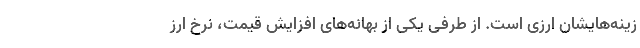
زینه‌هایشان ارزی است. از طرفی یکی از بهانه‌های افزایش قیمت، نرخ ارز